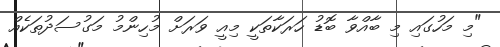
"މި މަހުގައި މި ބާއްވާ ބޮޑު ހަރަކާތަކީ މިއީ ވަރަށް މުހިންމު މަގުސަދުތަކެއް